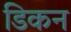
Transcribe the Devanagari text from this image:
डिकन